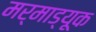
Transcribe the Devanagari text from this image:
मर्माड्यूक